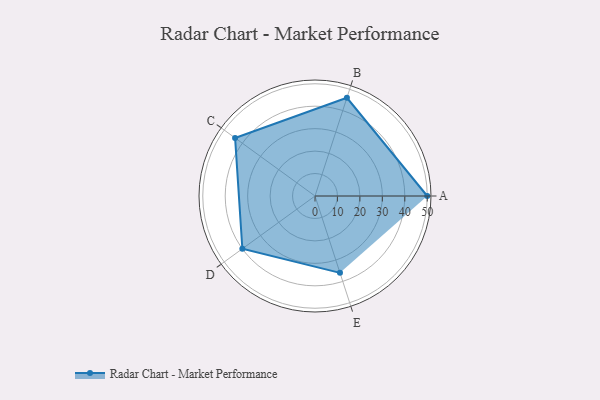
{"axis": {"x": "Skill", "y": "Score"}, "legend": ["Profile"], "data": [{"x": "A", "y": 50.0, "type": "Profile"}, {"x": "B", "y": 46.0, "type": "Profile"}, {"x": "C", "y": 44.0, "type": "Profile"}, {"x": "D", "y": 40.0, "type": "Profile"}, {"x": "E", "y": 36.0, "type": "Profile"}]}